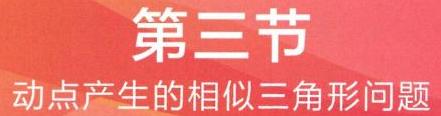
第三节
动点产生的相似三角形问题